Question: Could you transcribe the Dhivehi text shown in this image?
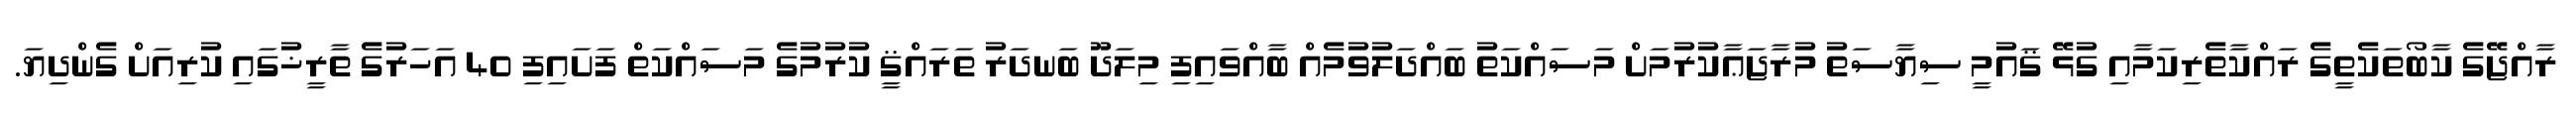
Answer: ރާއްޖޭގެ ކާބޯތަކެތީގެ ރައްކާތެރިކަމާއި ގުޅޭ ޤައުމީ ސިޔާސަތު މުރާޖަޢާކުރުމަށް މަސައްކަތު ބައްދަލުވުމެއް ބާއްވައިފި މިލަދޫ ބަނދަރު ތަރައްޤީ ކުރުމުގެ މަސައްކަތް ފަށައިފި 40 އަހަރުގެ ތާރީޚުގައި ކުރިއަށް ގެންދިޔަ.